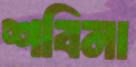
শবিনা